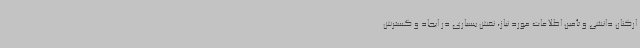
ارکنان دانشی و تأمین اطلاعات مورد نیاز، نقش بسیاری در ایجاد و گسترش